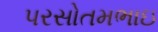
પરસોતમભાઇ